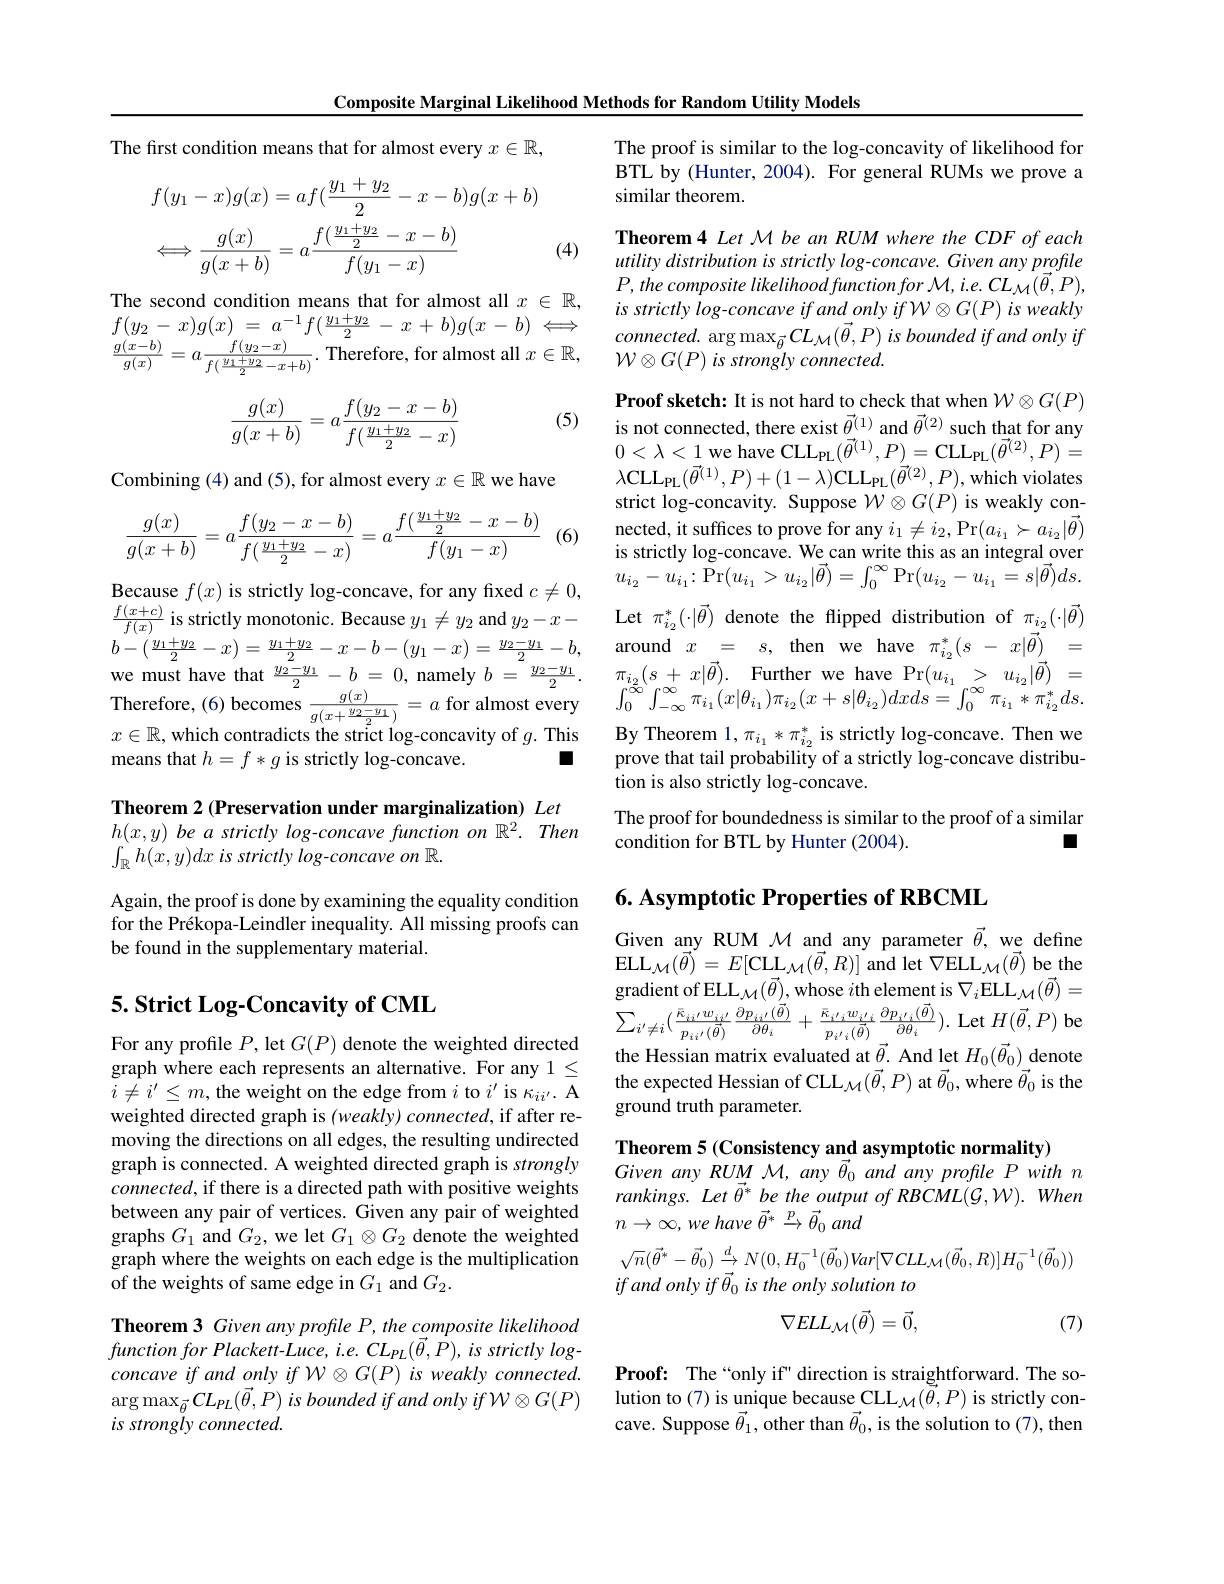
Composite Marginal Likelihood Methods for Random Utility Models

The first condition means that for almost every $x\in\mathbb{R}$,
$$\begin{aligned}&f(y_{1}-x)g(x)=af(\frac{y_{1}+y_{2}}{2}-x-b)g(x+b)\\&\Longleftrightarrow\frac{g(x)}{g(x+b)}=a\frac{f(\frac{y_{1}+y_{2}}{2}-x-b)}{f(y_{1}-x)}\\\end{aligned}$$
(4)

The second condition means that for almost all $x\in\mathbb{R}$,
$$f(y_{2}\:-\:x)g(x)\:=\:a^{-1}f(\frac{y_{1}+y_{2}}{2}\:-\:x\:+\:b)g(x\:-\:b)\:\Longleftrightarrow $$
$\frac{g(x-b)}{g(x)}=a\frac{f(y_{2}-x)}{f(\frac{y_{1}+y_{2}}{2}-x+b)}.$Therefore, for almost all $x\in\mathbb{R}$

(5)
$$\dfrac{g(x)}{g(x+b)}=a\dfrac{f(y_2-x-b)}{f(\frac{y_1+y_2}{2}-x)}$$
Combining (4) and (5), for almost every $x\in\mathbb{R}$ we have

(6)
$$\dfrac{g(x)}{g(x+b)}=a\dfrac{f(y_2-x-b)}{f(\frac{y_1+y_2}{2}-x)}=a\dfrac{f(\frac{y_1+y_2}{2}-x-b)}{f(y_1-x)}$$
Because $f(x)$ is strictly log-concave, for any fixed $c\neq0$, $\frac{f(x+c)}{f(x)}$ is strictly monotonic. Because $y_1\neq y_2$ and $y_2-x-$ $b-(\frac{y_1+y_2}2-x)=\frac{y_1+y_2}2-x-b-(y_1-x)=\frac{y_2-y_1}2-b$, we must have that $\frac{y_{2}-y_{1}}{2}-b=0$, namely $b=\frac{y_{2}-y_{1}}{2}.$ Therefore,(6) becomes $\frac{g(x)}{g(x+\frac{y_{2}-y_{1}}{2})}=a$ for almost every $x\in\mathbb{R}$, which contradicts the strict log-concavity of $g.$ This
$\blacksquare$
means that $h=f*g$ is strictly log-concave.

Theorem 2 (Preservation under marginalization) Let

$h( x, y) \textit{ be a strictly log- concave function on }\mathbb{R} ^2.$ Then
$\int _{\mathbb{R} }h( x, y) dx\textit{ is strictly log- concave on }\mathbb{R} .$

Again, the proof is done by examining the equality condition for the Prékopa-Leindler inequality. All missing proofs can be found in the supplementary material.

## $5. \textbf{ Strict Log- Concavity of CML}$

For any profile $P$, let $G(P)$ denote the weighted directed graph where each represents an alternative. For any 1 \leq $i\neq i^{\prime}\leq m$,the weight on the edge from $i$ to $i^\prime$ is $\kappa_{ii^{\prime}}.$ A weighted directed graph is (weakly) connected, if after removing the directions on all edges, the resulting undirected graph is connected. A weighted directed graph is strongly $connected$, if there is a directed path with positive weights between any pair of vertices. Given any pair of weighted graphs $G_1$ and $G_2$, we let $G_1\otimes G_2$ denote the weighted graph where the weights on each edge is the multiplication of the weights of same edge in $G_1$ and $G_2.$

Theorem 3 Given any profile P, the composite likelihood $functionforPlackett-Luce,i.e.CL_{PL}(\vec{\theta},\dot{P}),isstrictlylog-$ $concaveifandonlyifW\otimes G(P)isweaklyconnected.$ $\arg\max_{\vec{\theta}}CL_{PL}(\vec{\theta},P)$ is bounded if and only if W$\otimes G(P)$ is strongly connected.

The proof is similar to the log-concavity of likelihood for BTL by (Hunter, 2004). For general RUMs we prove a similar theorem.

Theorem4 Let M be an RUM where the CDF of each utility distribution is strictly log-concave. Given any profile $P,the\textit{composite likelihoodfunctionfor M,i.e. CL}_{\mathcal{M}}(\vec{\theta},P)$, $is$ strictly log-concave if and only if W $\otimes G(P)$ is weakly $connected.$ arg max$_{\vec{\theta}}CL_{\mathcal{M}}(\vec{\theta},P)$ is bounded if and only if $\mathcal{W} \otimes G( P) \textit{is strongly connected. }$

Proof sketch: It is not hard to check that when $\mathcal{W}\otimes G(P)$ is not connected, there exist $\vec{\theta}^{(1)}$ and $\vec{\theta}^{(2)}$ such that for any $0<\lambda<1$ we have CLL$_\mathrm{PL}(\vec{\theta}^{(1)},P)=$CLL$\mathrm P_{\mathrm{L}}(\vec{\theta}^{(2)},P)=$ $\lambda\mathrm{CLL}_{\mathrm{PL}}(\vec{\theta}^{(1)},P)+(1-\lambda)\mathrm{CLL}_{\mathrm{PL}}(\vec{\theta}^{(2)},P)$,which violates strict log-concavity. Suppose $\mathcal{W}\otimes G(P)$ is weakly connected, it suffices to prove for any $i_1\neq i_2$,Pr$(a_{i_1}\succ a_{i_2}|\vec{\theta})$ is strictly log-concave. We can write this as an integral over $u_{i_{2}}-u_{i_{1}}\colon\mathop{\mathrm{Pr}}(u_{i_{1}}>u_{i_{2}}|\vec{\theta})=\int_{0}^{\infty}\mathop{\mathrm{Pr}}(u_{i_{2}}-u_{i_{1}}=s|\vec{\theta})ds.$ Let $\pi_{i_2}^*(\cdot|\vec{\theta})$ denote the flipped distribution of $\pi_{i_2}(\cdot|\vec{\theta})$ around$\begin{array}{ccc}x&=&s,&\mathrm{then}&\mathrm{we}&\mathrm{have}&\pi_{i_2}^{*}(s&-&x|\vec{\theta})&=\end{array}$ $\pi _{i_{2}}( s+ x| \vec{\theta } ) .$ Further we have Pr$( u_{i_{1}}$ > $u_{i_{2}}| \vec{\theta } )$ = $\int_{0}^{\infty}\int_{-\infty}^{\infty}\pi_{i_{1}}(x|\theta_{i_{1}})\pi_{i_{2}}(x+s|\theta_{i_{2}})dxds=\int_{0}^{\infty}\pi_{i_{1}}*\pi_{i_{2}}^{*}ds.$ By Theorem $1,\pi_{i_{1}}*\pi_{i_{2}}^{*}$ is strictly log-concave. Then we prove that tail probability of a strictly log-concave distribution is also strictly log-concave.
The proof for boundedness is similar to the proof of a similar
condition for BTL by Hunter (2004).
口

## 6. Asymptotic Properties of RBCML

Given any RUM $\mathcal{M}$ and any parameter $\vec{\theta}$, we define $\mathrm{ELL}_{\mathcal{M}}(\vec{\theta})=E[\mathrm{CLL}_{\mathcal{M}}(\vec{\theta},R)]$and let$\nabla$ELL$_\mathcal{M}(\vec{\theta})$be the gradient of ELL $_\mathcal{M}(\vec{\theta})$, whose $i$th element is $\nabla_i$ELL $_\mathcal{M}(\vec{\theta})=$ $\sum_{i^{\prime}\neq i}(\frac{\bar{\kappa}_{ii}^{\prime}w_{ii^{\prime}}}{p_{ii^{\prime}}(\vec{\theta})}\frac{\partial p_{ii^{\prime}}(\vec{\theta})}{\partial\theta_{i}}+\frac{\bar{\kappa}_{i^{\prime}i}w_{i^{\prime}i}}{p_{i^{\prime}i}(\vec{\theta})}_{\rightarrow}\frac{\partial p_{i^{\prime}i}(\vec{\theta})}{\partial\theta_{i}}).$Let$H(\vec{\theta},P)$bo the Hessian matrix evaluated at $\vec{\theta}.$ And let $H_0(\vec{\theta}_0)\underset{\to}{\operatorname*{denote}}$ the expected Hessian of CLL $_\mathcal{M}(\vec{\theta},P)$ at $\vec{\theta}_0$, where $\vec{\theta}_0$ is the ground truth parameter.

Theorem 5 (Consistency and asymptotic normality)
Given any RUM M, any $\vec{\theta}_{0}$ and any profile P with n rankings. Let $\vec{\theta}^{*}$ be the output of RBCML(G,W). When $n\to \infty , we$ have $\vec{\theta } ^*$ $\xrightarrow{p}\vec{\theta } _0$ and
$$\sqrt{n}(\vec{\theta}^{*}-\vec{\theta}_{0})\stackrel{d}{\to}N(0,H_{0}^{-1}(\vec{\theta}_{0})Var[\nabla CLL_{\mathcal{M}}(\vec{\theta}_{0},R)]H_{0}^{-1}(\vec{\theta}_{0}))$$
if and only if $\vec{\theta } _0\textit{ is the only solution to}$
$$\nabla ELL_{\mathcal M}(\vec{\theta})=\vec{0},$$
(7)

Proof: The“only if” direction is straightforward. The solution to (7) is unique because CLL $_{\mathcal{M}}(\tilde{\theta},P)$ is strictly concave. Suppose $\vec{\theta}_{1}$, other than $\vec{\theta}_{0}$, is the solution to (7), then